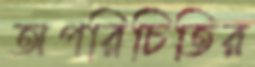
অপরিচিতির